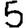
Digit: 5